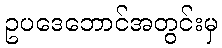
ဥပဒေဘောင်အတွင်းမှ